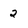
Character: 2